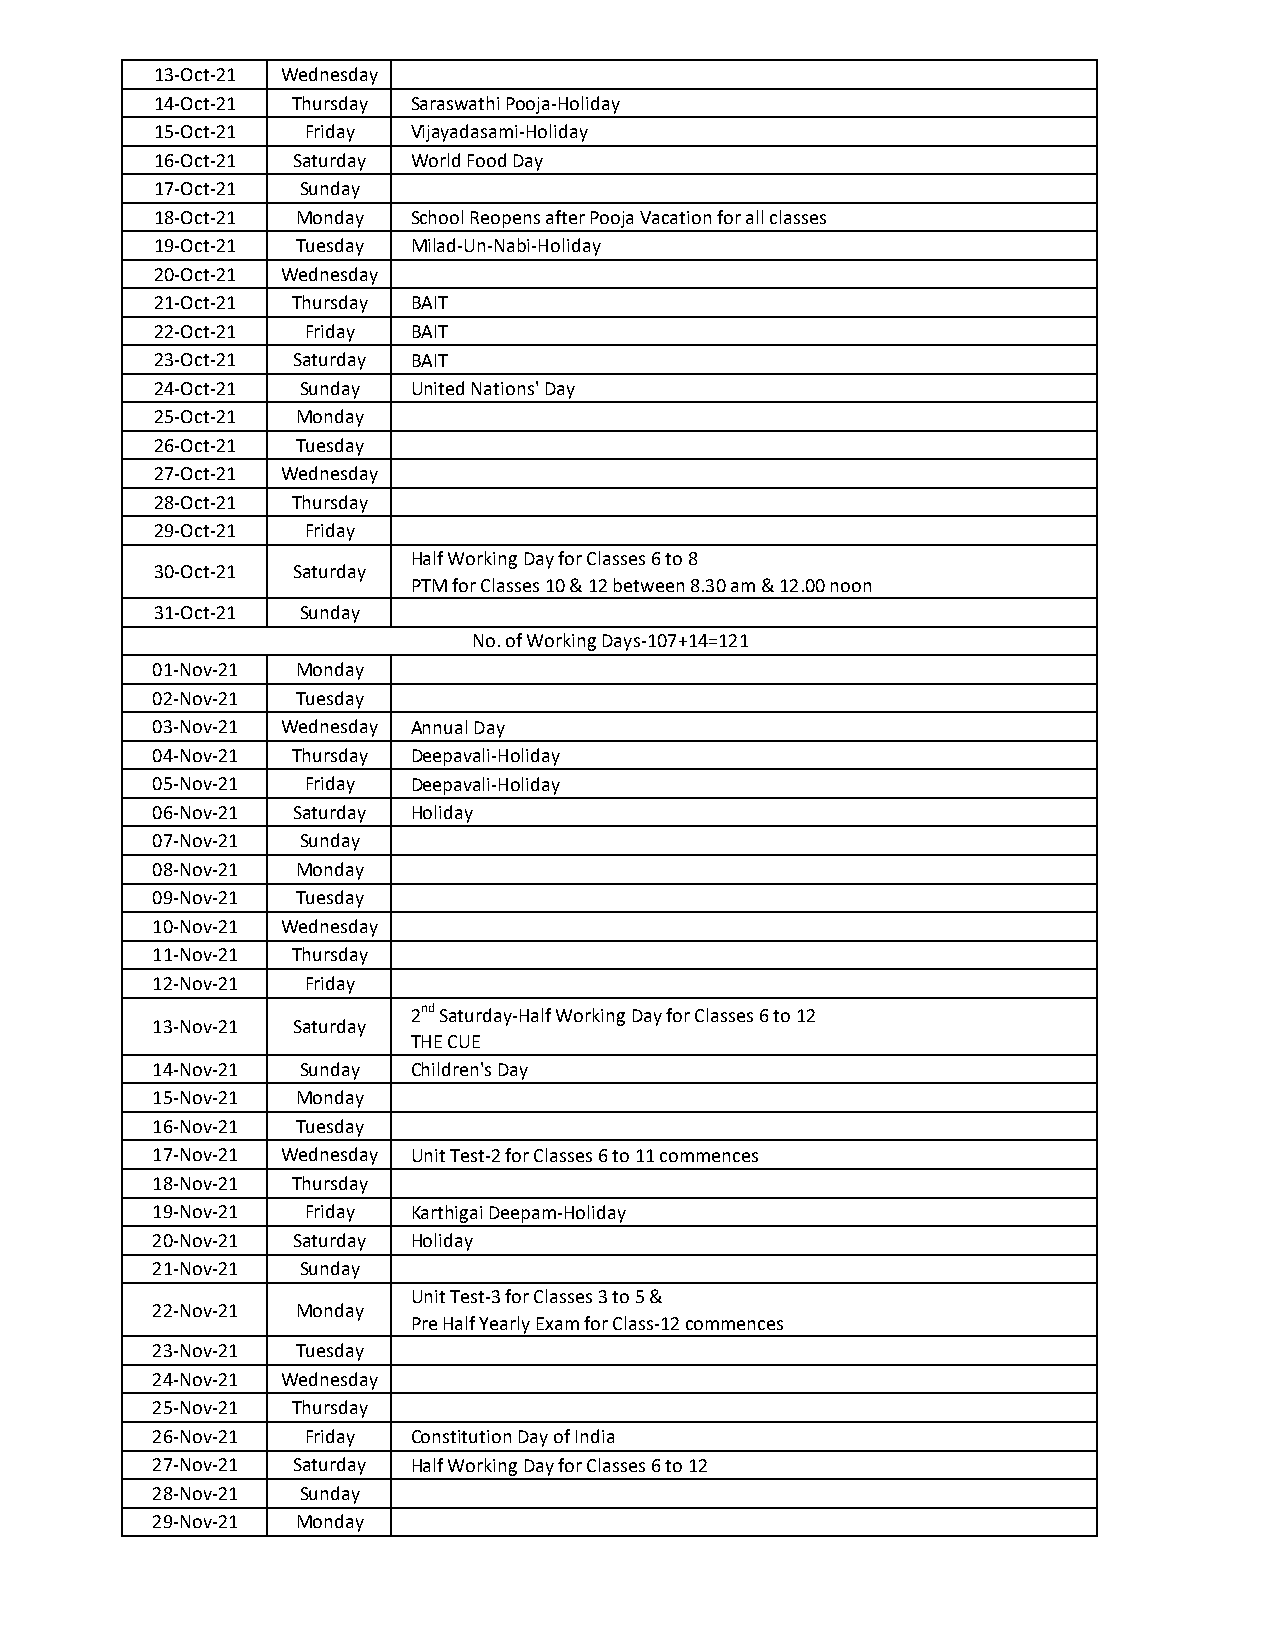
13-Oct-21 Wednesday
 14-Oct-21 Thursday Saraswathi Pooja-Holiday
 15-Oct-21 Friday Vijayadasami-Holiday
 16-Oct-21 Saturday World Food Day
 17-Oct-21 Sunday
 18-Oct-21 Monday School Reopens after Pooja Vacation for all classes
 19-Oct-21 Tuesday Milad-Un-Nabi-Holiday
 20-Oct-21 Wednesday
 21-Oct-21 Thursday BAIT
 22-Oct-21 Friday BAIT
 23-Oct-21 Saturday BAIT
 24-Oct-21 Sunday United Nations' Day
 25-Oct-21 Monday
 26-Oct-21 Tuesday
 27-Oct-21 Wednesday
 28-Oct-21 Thursday
 29-Oct-21 Friday
 Half Working Day for Classes 6 to 8
 30-Oct-21 Saturday
 PTM for Classes 10 & 12 between 8.30 am & 12.00 noon
 31-Oct-21 Sunday
 No. of Working Days-107+14=121
 01-Nov-21 Monday
 02-Nov-21 Tuesday
 03-Nov-21 Wednesday Annual Day
 04-Nov-21 Thursday Deepavali-Holiday
 05-Nov-21 Friday Deepavali-Holiday
 06-Nov-21 Saturday Holiday
 07-Nov-21 Sunday
 08-Nov-21 Monday
 09-Nov-21 Tuesday
 10-Nov-21 Wednesday
 11-Nov-21 Thursday
 12-Nov-21 Friday
 2nd Saturday-Half Working Day for Classes 6 to 12
 13-Nov-21 Saturday
 THE CUE
 14-Nov-21 Sunday Children's Day
 15-Nov-21 Monday
 16-Nov-21 Tuesday
 17-Nov-21 Wednesday Unit Test-2 for Classes 6 to 11 commences
 18-Nov-21 Thursday
 19-Nov-21 Friday Karthigai Deepam-Holiday
 20-Nov-21 Saturday Holiday
 21-Nov-21 Sunday
 Unit Test-3 for Classes 3 to 5 &
 22-Nov-21 Monday
 Pre Half Yearly Exam for Class-12 commences
 23-Nov-21 Tuesday
 24-Nov-21 Wednesday
 25-Nov-21 Thursday
 26-Nov-21 Friday Constitution Day of India
 27-Nov-21 Saturday Half Working Day for Classes 6 to 12
 28-Nov-21 Sunday
 29-Nov-21 Monday